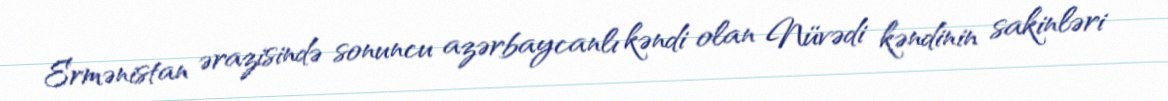
Ermənistan ərazisində sonuncu azərbaycanlı kəndi olan Nüvədi kəndinin sakinləri